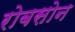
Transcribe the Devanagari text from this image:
रोबसोन